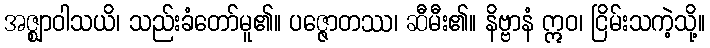
အဇ္ဈာဝါသယိ၊ သည်းခံတော်မူ၏။ ပဇ္ဇောတဿ၊ ဆီမီး၏။ နိဗ္ဗာနံ ဣဝ၊ ငြိမ်းသကဲ့သို့။